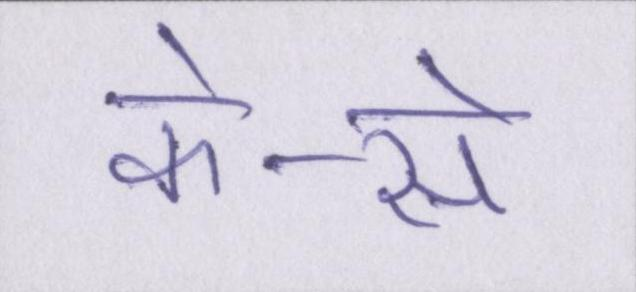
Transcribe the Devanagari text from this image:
के-से